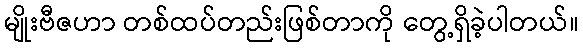
မျိုးဗီဇဟာ တစ်ထပ်တည်းဖြစ်တာကို တွေ့ရှိခဲ့ပါတယ်။